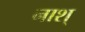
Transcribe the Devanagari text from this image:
नाश्